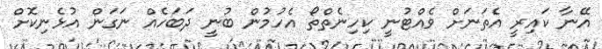
އޭނާ ކައިރީ އެތަނަށް ވެއްޓުނީ ކިހިނެތްތޯ އެހުމުން ބުނީ ދަބަހެއް ނަގަން އުޅެނިކޮށް